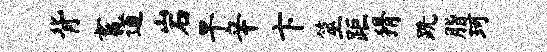
背畜道岩旱辛卞筮距猾跣脂珂